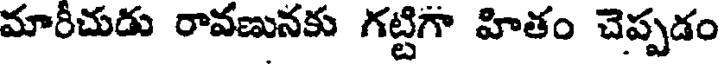
మారీచుడు రావణునకు గట్టిగా హితం చెప్పడం